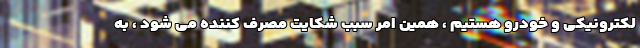
لکترونیکی و خودرو هستیم ، همین امر سبب شکایت مصرف کننده می شود ، به